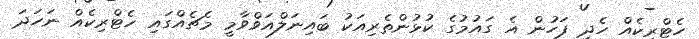
ހެޓްރިކެއް ހެދި ފަހުން އެ ގައުމުގެ ކުޅުންތެރިއަކު ބައިނަލްއަވްވާމީ މެޗެއްގައި ހެޓްރިކެއް ނަހަދަ